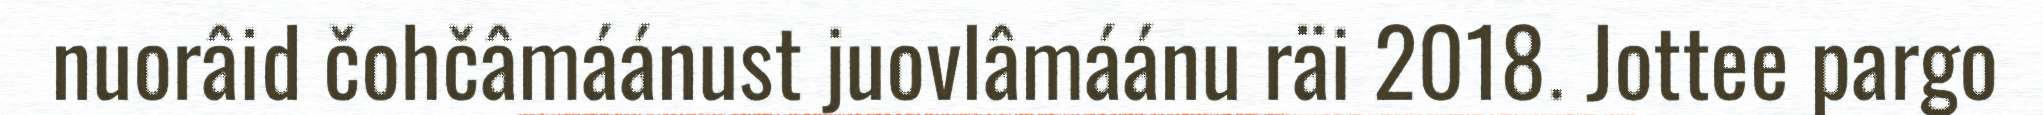
nuorâid čohčâmáánust juovlâmáánu räi 2018. Jottee pargo